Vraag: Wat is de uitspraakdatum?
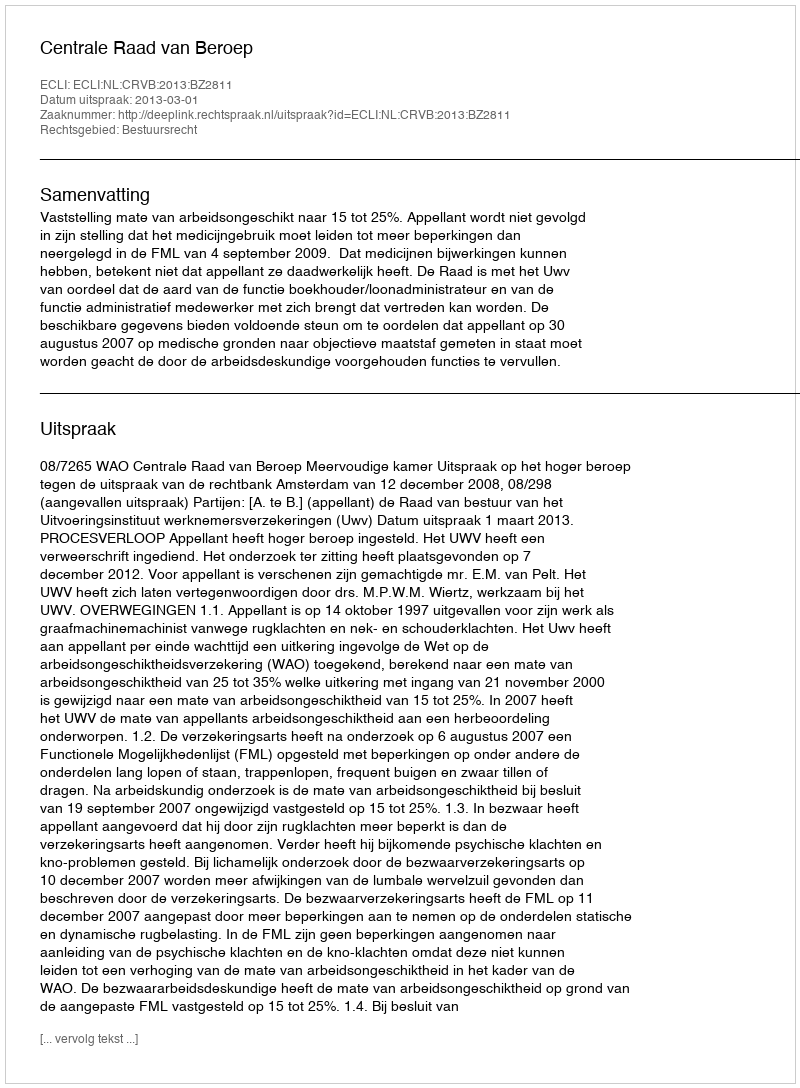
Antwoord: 2013-03-01